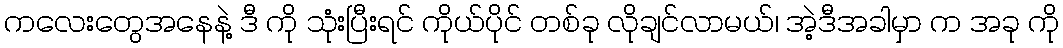
ကလေးတွေအနေနဲ့ ဒီ ကို သုံးပြီးရင် ကိုယ်ပိုင် တစ်ခု လိုချင်လာမယ်၊ အဲ့ဒီအခါမှာ က အခု ကို